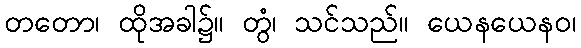
တတော၊ ထိုအခါ၌။ တွံ၊ သင်သည်။ ယေနယေနဝ၊